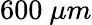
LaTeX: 600\ \mu m